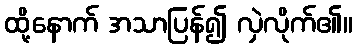
ထို့နောက် အသာပြန်၍ လှဲလိုက်၏။